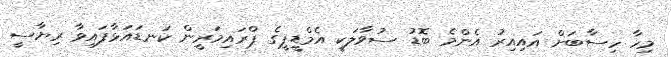
މިހާ ހިސާބަށް އައިއިރު އެންމެ ބޮޑު ސުވާލަކީ އެމްޑީޕީގެ ޕްރައިމަރީން ކަނޑައަޅާފައިވާ ރިޔާސީ